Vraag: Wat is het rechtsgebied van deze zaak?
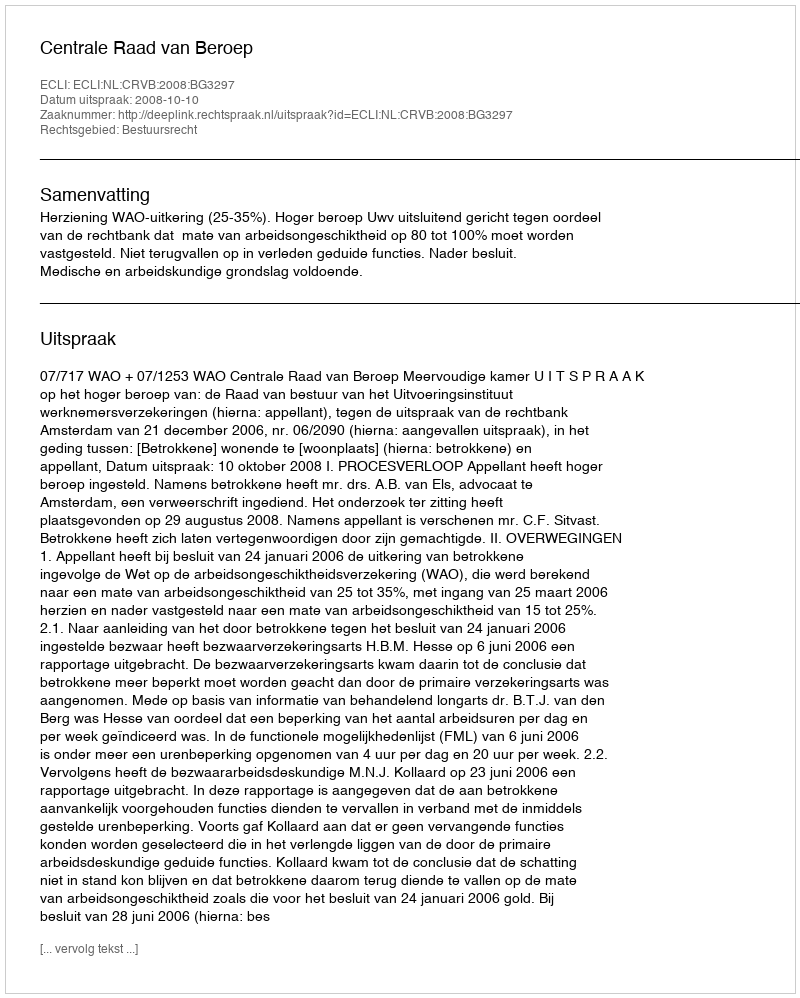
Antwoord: Bestuursrecht